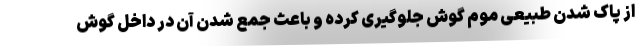
از پاک شدن طبیعی موم گوش جلوگیری کرده و باعث جمع شدن آن در داخل گوش